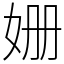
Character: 姗